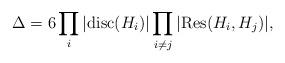
LaTeX: \begin{align*} \Delta=6\prod_i |\mathrm{disc}(H_i)|\prod_{i\neq j}|\mathrm{Res} (H_i,H_j)|,\end{align*}